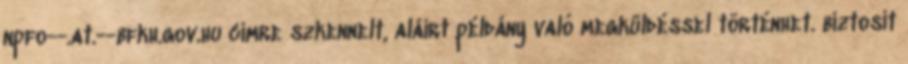
npfo--.at.--bfkh.gov.hu címre szkennelt, aláírt példány való megküldéssel történhet. biztosít